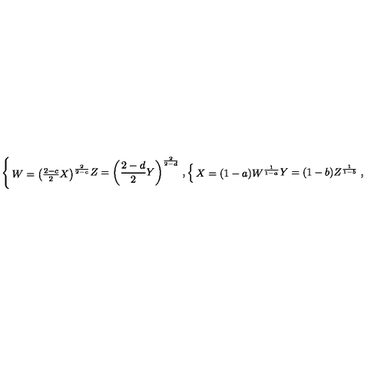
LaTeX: \left\{ \begin{matrix} { W = \left( { \frac { 2 - c } { 2 } } X \right) ^ { \frac { 2 } { 2 - c } } } \\ { Z = \left( { \frac { 2 - d } { 2 } } Y \right) ^ { \frac { 2 } { 2 - d } } } \\ \end{matrix} \right. , \left\{ \begin{matrix} { X = ( 1 - a ) W ^ { \frac { 1 } { 1 - a } } } \\ { Y = ( 1 - b ) Z ^ { \frac { 1 } { 1 - b } } } \\ \end{matrix} \right. ,